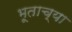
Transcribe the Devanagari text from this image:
भूताच्या